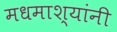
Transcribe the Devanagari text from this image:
मधमाश्यांनी